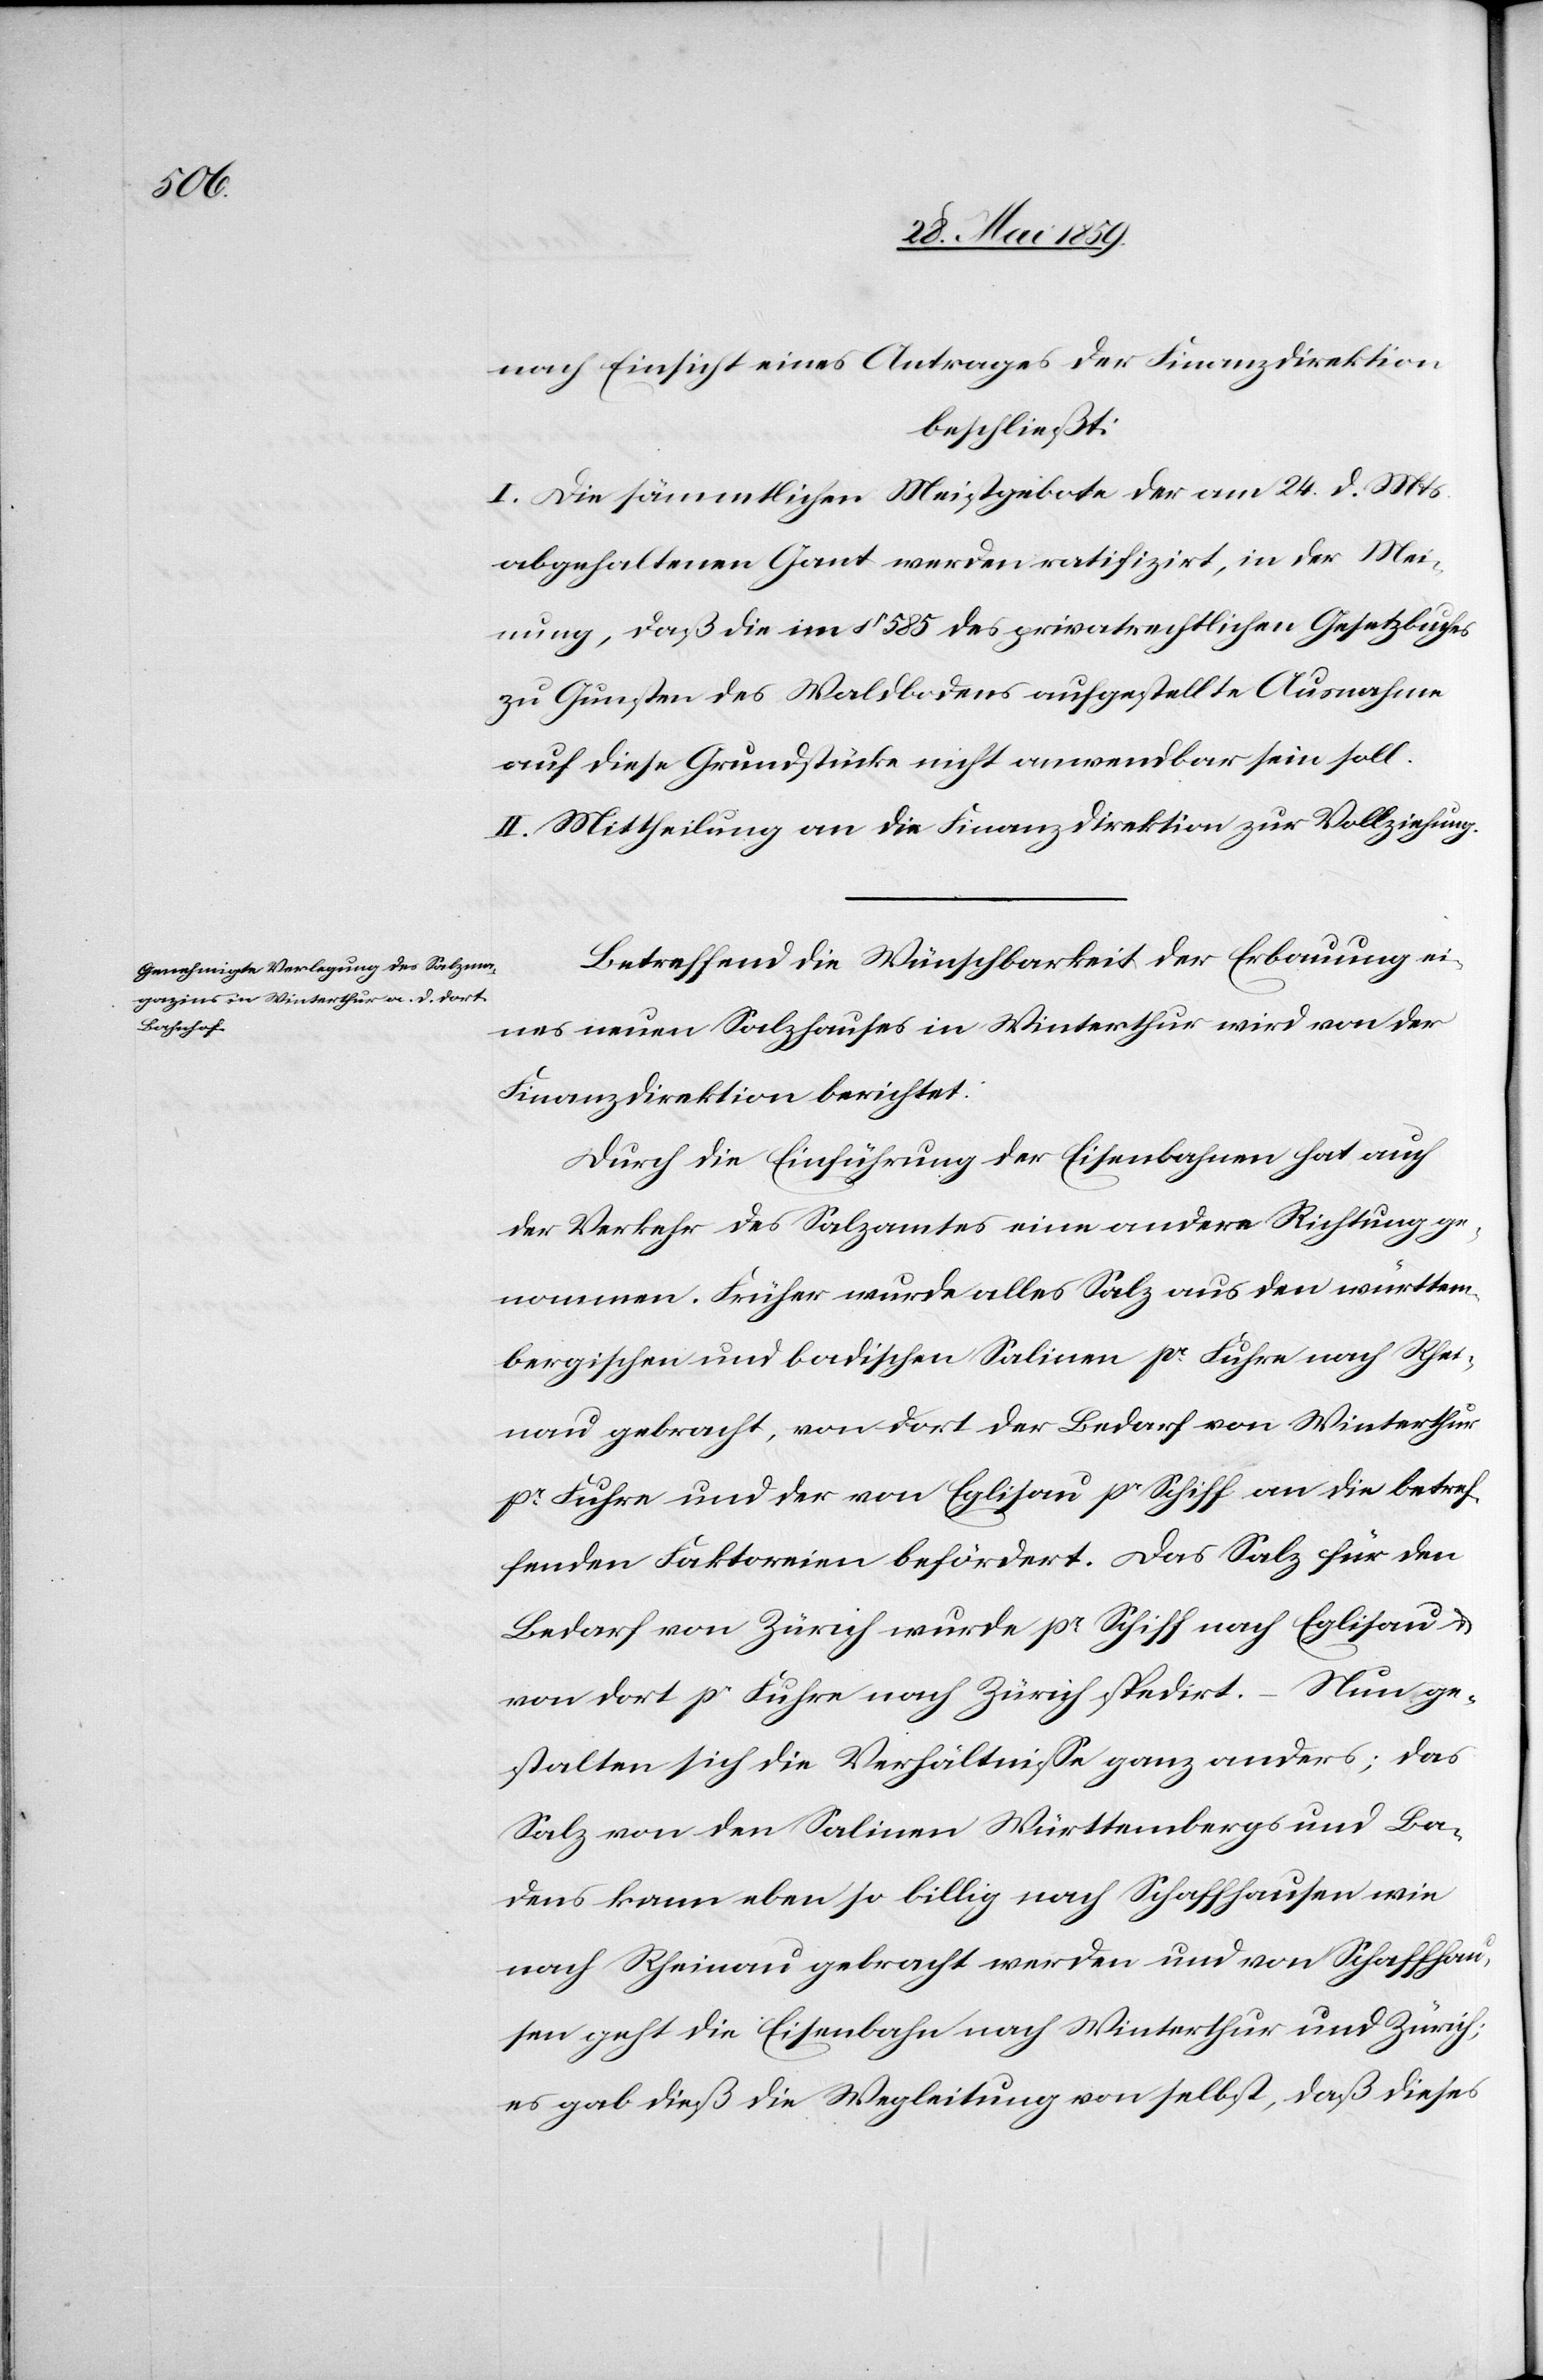
nach Einsicht eines Antrages der Finanzdirektion
beschließt:
I. Die sämmtlichen Meistgebote der am 24. d. Mts.
abgehaltenen Gant werden ratifizirt, in der Mei¬
nung, daß die im § 585 des privatrechtlichen Gesetzbuches
zu Gunsten des Waldbodens aufgestellte Ausnahme
auf diese Grundstücke nicht anwendbar sein soll.
II. Mittheilung an die Finanzdirektion zur Vollziehung.
Betreffend die Wünschbarkeit der Erbauung ei¬
nes neuen Salzhauses in Winterthur wird von der
Finanzdirektion berichtet:
Durch die Einführung der Eisenbahnen hat auch
der Verkehr des Salzamtes eine andere Richtung ge¬
nommen. Früher wurde alles Salz aus den württem¬
bergischen und badischen Salinen pr Fuhre nach Rhei¬
nau gebracht, von dort der Bedarf von Winterthur
pr Fuhre und der von Eglisau pr Schiff an die betref¬
fenden Faktoreien befördert. Das Salz für den
Bedarf von Zürich wurde pr Schiff nach Eglisau u.
von dort pr Fuhre nach Zürich spedirt. – Nun ge¬
stalten sich die Verhältnisse ganz anders; das
Salz von den Salinen Württembergs und Ba¬
dens kann eben so billig nach Schaffhausen wie
nach Rheinau gebracht werden und von Schaffhau¬
sen geht die Eisenbahn nach Winterthur und Zürich;
es gab dieß Wegleitung von selbst, daß dieses